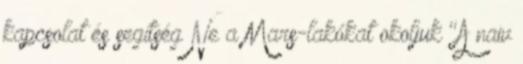
kapcsolat és segítség Ne a Mars-lakókat okoljuk "A naiv